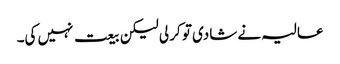
عالیہ نے شادی تو کر لی لیکن بیعت نہیں کی۔